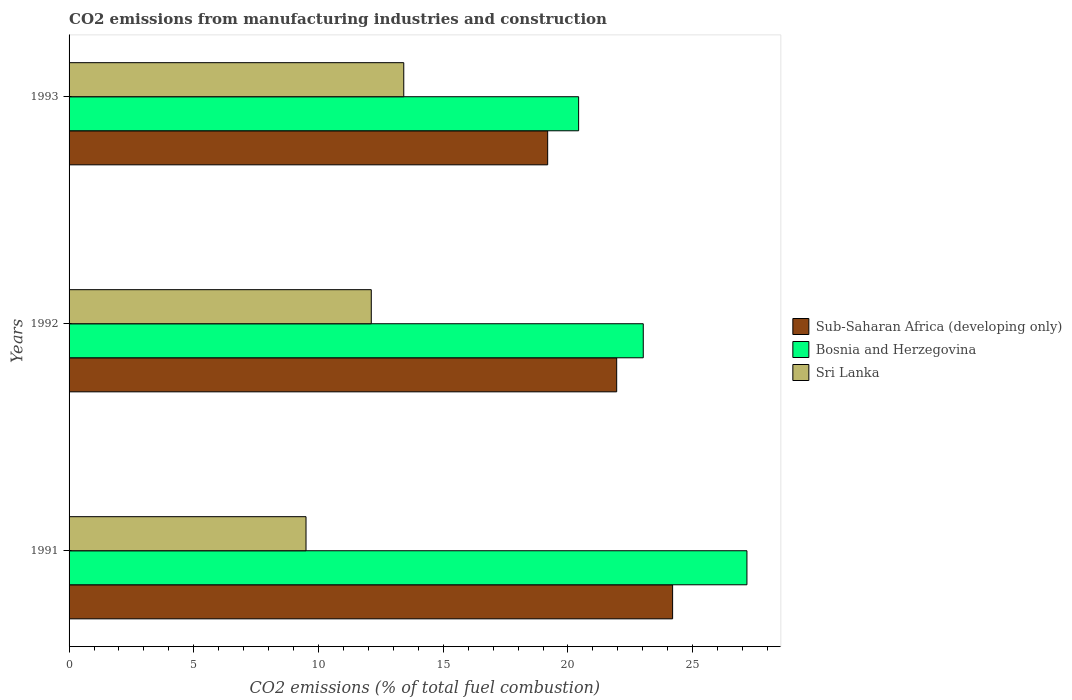
| Years | Sub-Saharan Africa (developing only) | Bosnia and Herzegovina | Sri Lanka |
 | --- | --- | --- | --- |
 | 1991 | 24.2 | 27.2 | 9.5 |
 | 1992 | 22 | 23 | 12.1 |
 | 1993 | 19.2 | 20.4 | 13.4 |